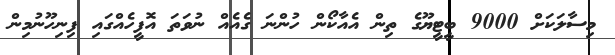
މިސާލަކަށް 9000 ބީޓީޔޫގެ ތިން އެއާކޯން ހުންނަ ގެއެއް ނުވަތަ އޮފީހެއްގައި ފިނިހޫނުމިން